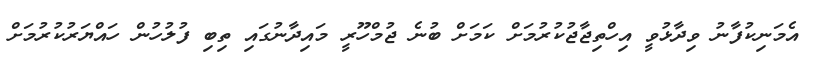
އެމަނިކުފާނު ވިދާޅުވީ އިހްތިޖާޖުކުރުމަށް ކަމަށް ބުނެ ޖުމްހޫރީ މައިދާނުގައި ތިބި ފުލުހުން ހައްޔަރުކުރުމަށް